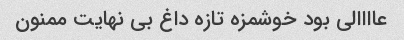
عاااالی بود خوشمزه تازه داغ بی نهایت ممنون